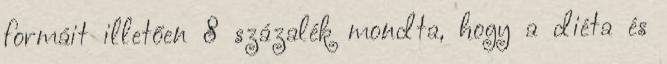
formáit illetően 8 százalék mondta, hogy a diéta és